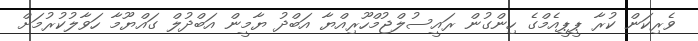
ވެރިކަން ކުރާ ޕީޕީއެމްގެ ހިންގުން ރައީސުލްޖުމްހޫރިއްޔާ އަބްދު ޔާމީން އަބްދުލް ގައްޔޫމާ ހަވާލުކުރުމަށް